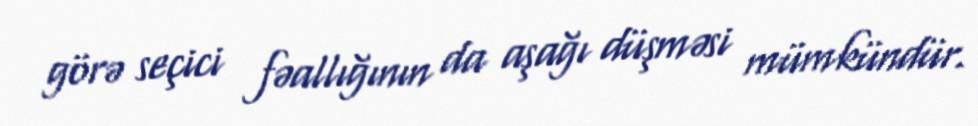
görə seçici fəallığının da aşağı düşməsi mümkündür.